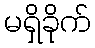
မရှိခိုက်